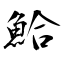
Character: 鮯